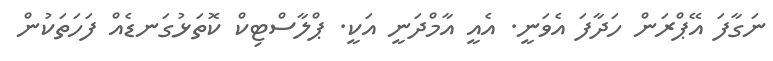
ނަގާފަ އޭޕްރަން ހަދާފަ އެވަނީ. އެއީ އާމްދަނީ އަކީ. ޕްލާސްޓިކް ކޮތަޅުގަނޑެއް ފަހަތަކުން